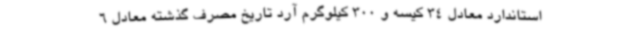
استاندارد معادل 34 کیسه و 300 کیلوگرم آرد تاریخ مصرف گذشته معادل 6